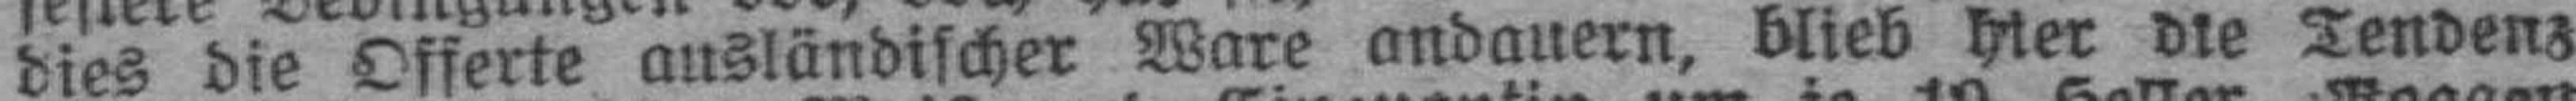
dies die Offerte ausländischer Ware andauern, blieb hier die Tendenz